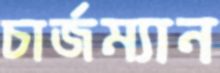
চার্জম্যান